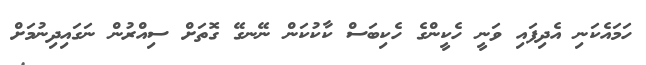
ހަމައެކަނި އެދިފައި ވަނީ ހެކީންގެ ހެކިބަސް ކާކުކަން ނޭނގޭ ގޮތަށް ސިއްރުން ނަގައިދިނުމަށް